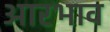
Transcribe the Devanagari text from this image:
आरभाव